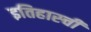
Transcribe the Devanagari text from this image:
इतिहास्ची